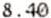
8.40